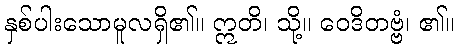
နှစ်ပါးသောမူလရှိ၏။ ဣတိ၊ သို့။ ဝေဒိတဗ္ဗံ၊ ၏။